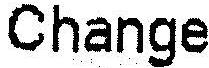
CHANGE